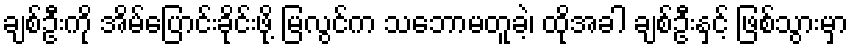
ချစ်ဦးကို အိမ်ပြောင်းခိုင်းဖို့ မြလွင်က သဘောမတူခဲ့၊ ထိုအခါ ချစ်ဦးနှင့် ဖြစ်သွားမှာ